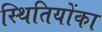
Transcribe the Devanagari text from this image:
स्थितियोंका